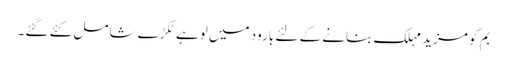
بم کو مزید مہلک بنانے کے لئے بارود میں لوہے ٹکڑے شامل کئے گئے۔